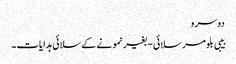
دوسرو
بیبی بلومر سلائی - بغیر نمونے کے سلائی ہدایات۔